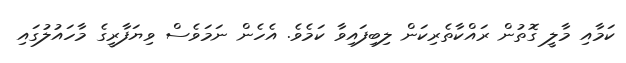
ކަމާއި މާލީ ގޮތުން ރައްކާތެރިކަން ލިބިފައިވާ ކަމެވެ. އެހެން ނަމަވެސް ވިޔަފާރީގެ މާހައުލުގައި